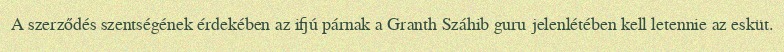
A szerződés szentségének érdekében az ifjú párnak a Granth Száhib guru jelenlétében kell letennie az esküt.